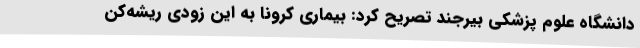
دانشگاه علوم پزشکی بیرجند تصریح کرد: بیماری کرونا به این زودی ریشه‌کن